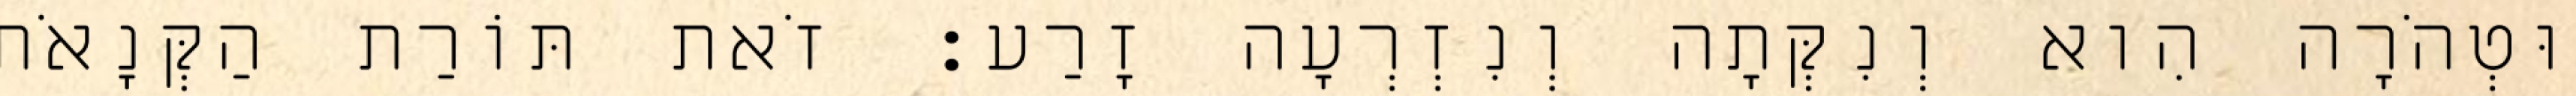
וּטְהֹרָה הִוא וְנִקְּתָה וְנִזְרְעָה זָרַע׃ זֹאת תּוֹרַת הַקְּנָאֹת